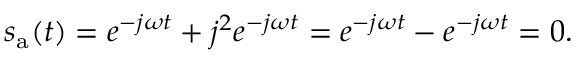
s _ { \mathrm { a } } ( t ) = e ^ { - j \omega t } + j ^ { 2 } e ^ { - j \omega t } = e ^ { - j \omega t } - e ^ { - j \omega t } = 0 .